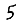
Digit: 5